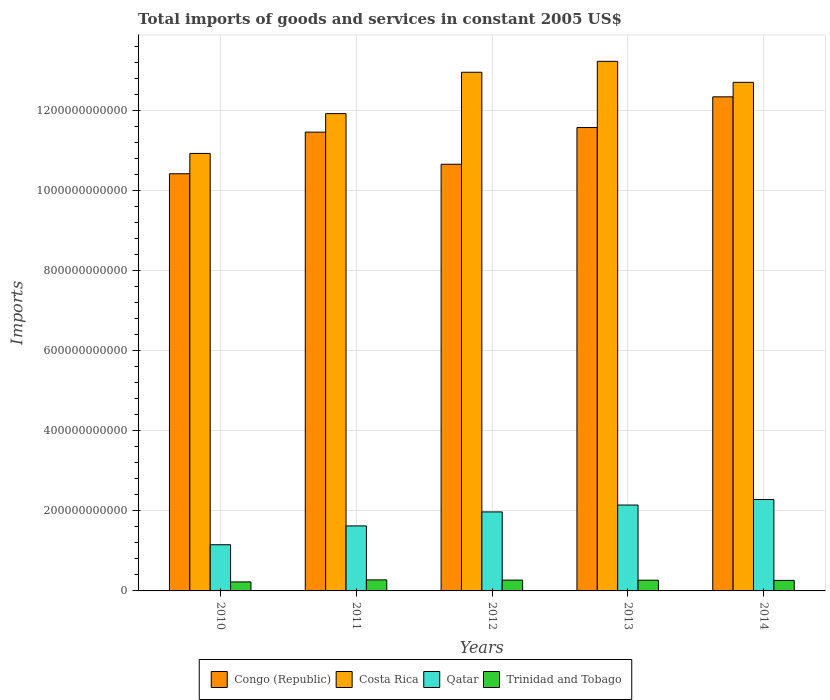
| Years | Congo (Republic) | Costa Rica | Qatar | Trinidad and Tobago |
 | --- | --- | --- | --- | --- |
 | 2010 | 1.04e+12 | 1.09e+12 | 1.15e+11 | 2.25e+10 |
 | 2011 | 1.15e+12 | 1.19e+12 | 1.62e+11 | 2.76e+10 |
 | 2012 | 1.07e+12 | 1.3e+12 | 1.97e+11 | 2.7e+10 |
 | 2013 | 1.16e+12 | 1.32e+12 | 2.15e+11 | 2.68e+10 |
 | 2014 | 1.23e+12 | 1.27e+12 | 2.28e+11 | 2.63e+10 |